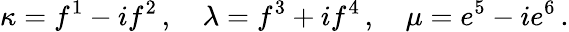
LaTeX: \kappa=f^{1}-if^{2}\, ,\quad\lambda=f^{3}+if^{4}\, ,\quad\mu=e^{5}-ie^{6}\, .